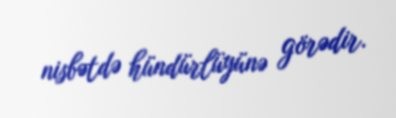
nisbətdə hündürlüyünə görədir.